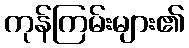
ကုန်ကြမ်းများ၏